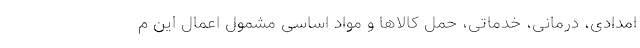
امدادی، درمانی، خدماتی، حمل کالاها و مواد اساسی مشمول اعمال این م